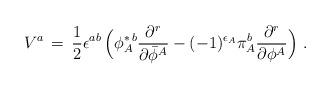
LaTeX: \begin{align*}V^a\,=\,{1\over 2} \epsilon^{ab}\,\Big( \phi_A^{\ast\,b}{\partial^r \over \partial {\bar \phi}^A} - (-1)^{\epsilon_A} \pi_A^b {\partial^r \over \partial \phi^A} \Big)\,\,.\end{align*}